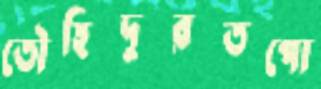
তৌহিদুরতপো